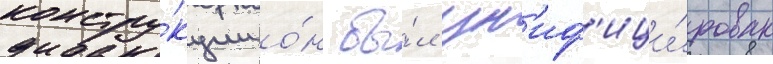
констру́кции о́н бы́л ун'иф'ици́рован